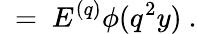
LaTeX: \ =\ E^{(q)}\phi(q^{2}y)\ .